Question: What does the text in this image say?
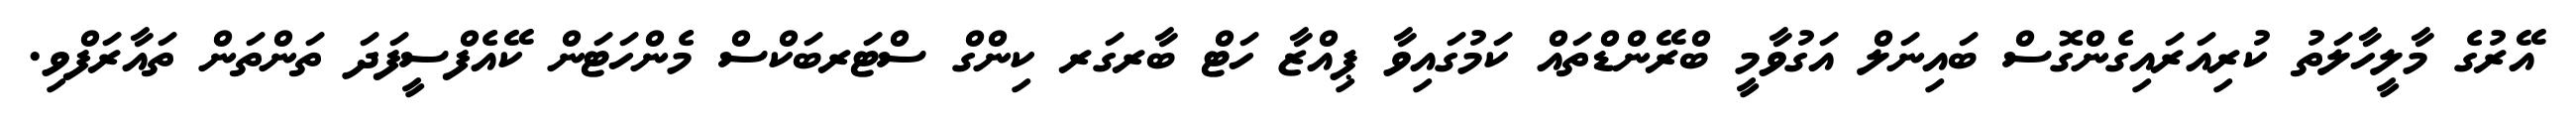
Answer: އޭރުގެ މާލީހާލަތު ކުރިއަރައިގެންގޮސް ބައިނަލް އަގުވާމީ ބްރޭންޑްތައް ކަމުގައިވާ ޕިއްޒާ ހަޓް ބާރގަރ ކިންގް ސްޓަރބަކްސް މެންހަޓަން ކޭއެފްސީފަދަ ތަންތަން ތައާރަފްވި.